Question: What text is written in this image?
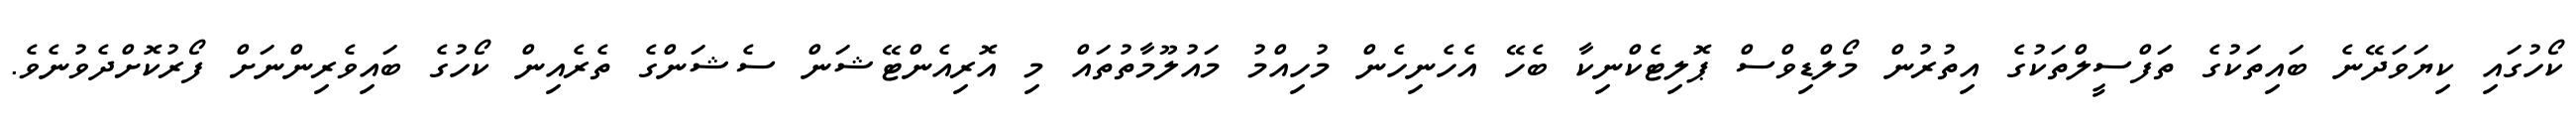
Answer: ކޯހުގައި ކިޔަވަދޭނެ ބައިތަކުގެ ތަފްސީލްތަކުގެ އިތުރުން މޯލްޑިވްސް ޕޮލިޓެކްނިކާ ބެހޭ އެހެނިހެން މުހިއްމު މައުލޫމާތުތައް މި އޮރިއެންޓޭޝަން ސެޝަންގެ ތެރެއިން ކޯހުގެ ބައިވެރިންނަށް ފޯރުކޮށްދެވުނެވެ.